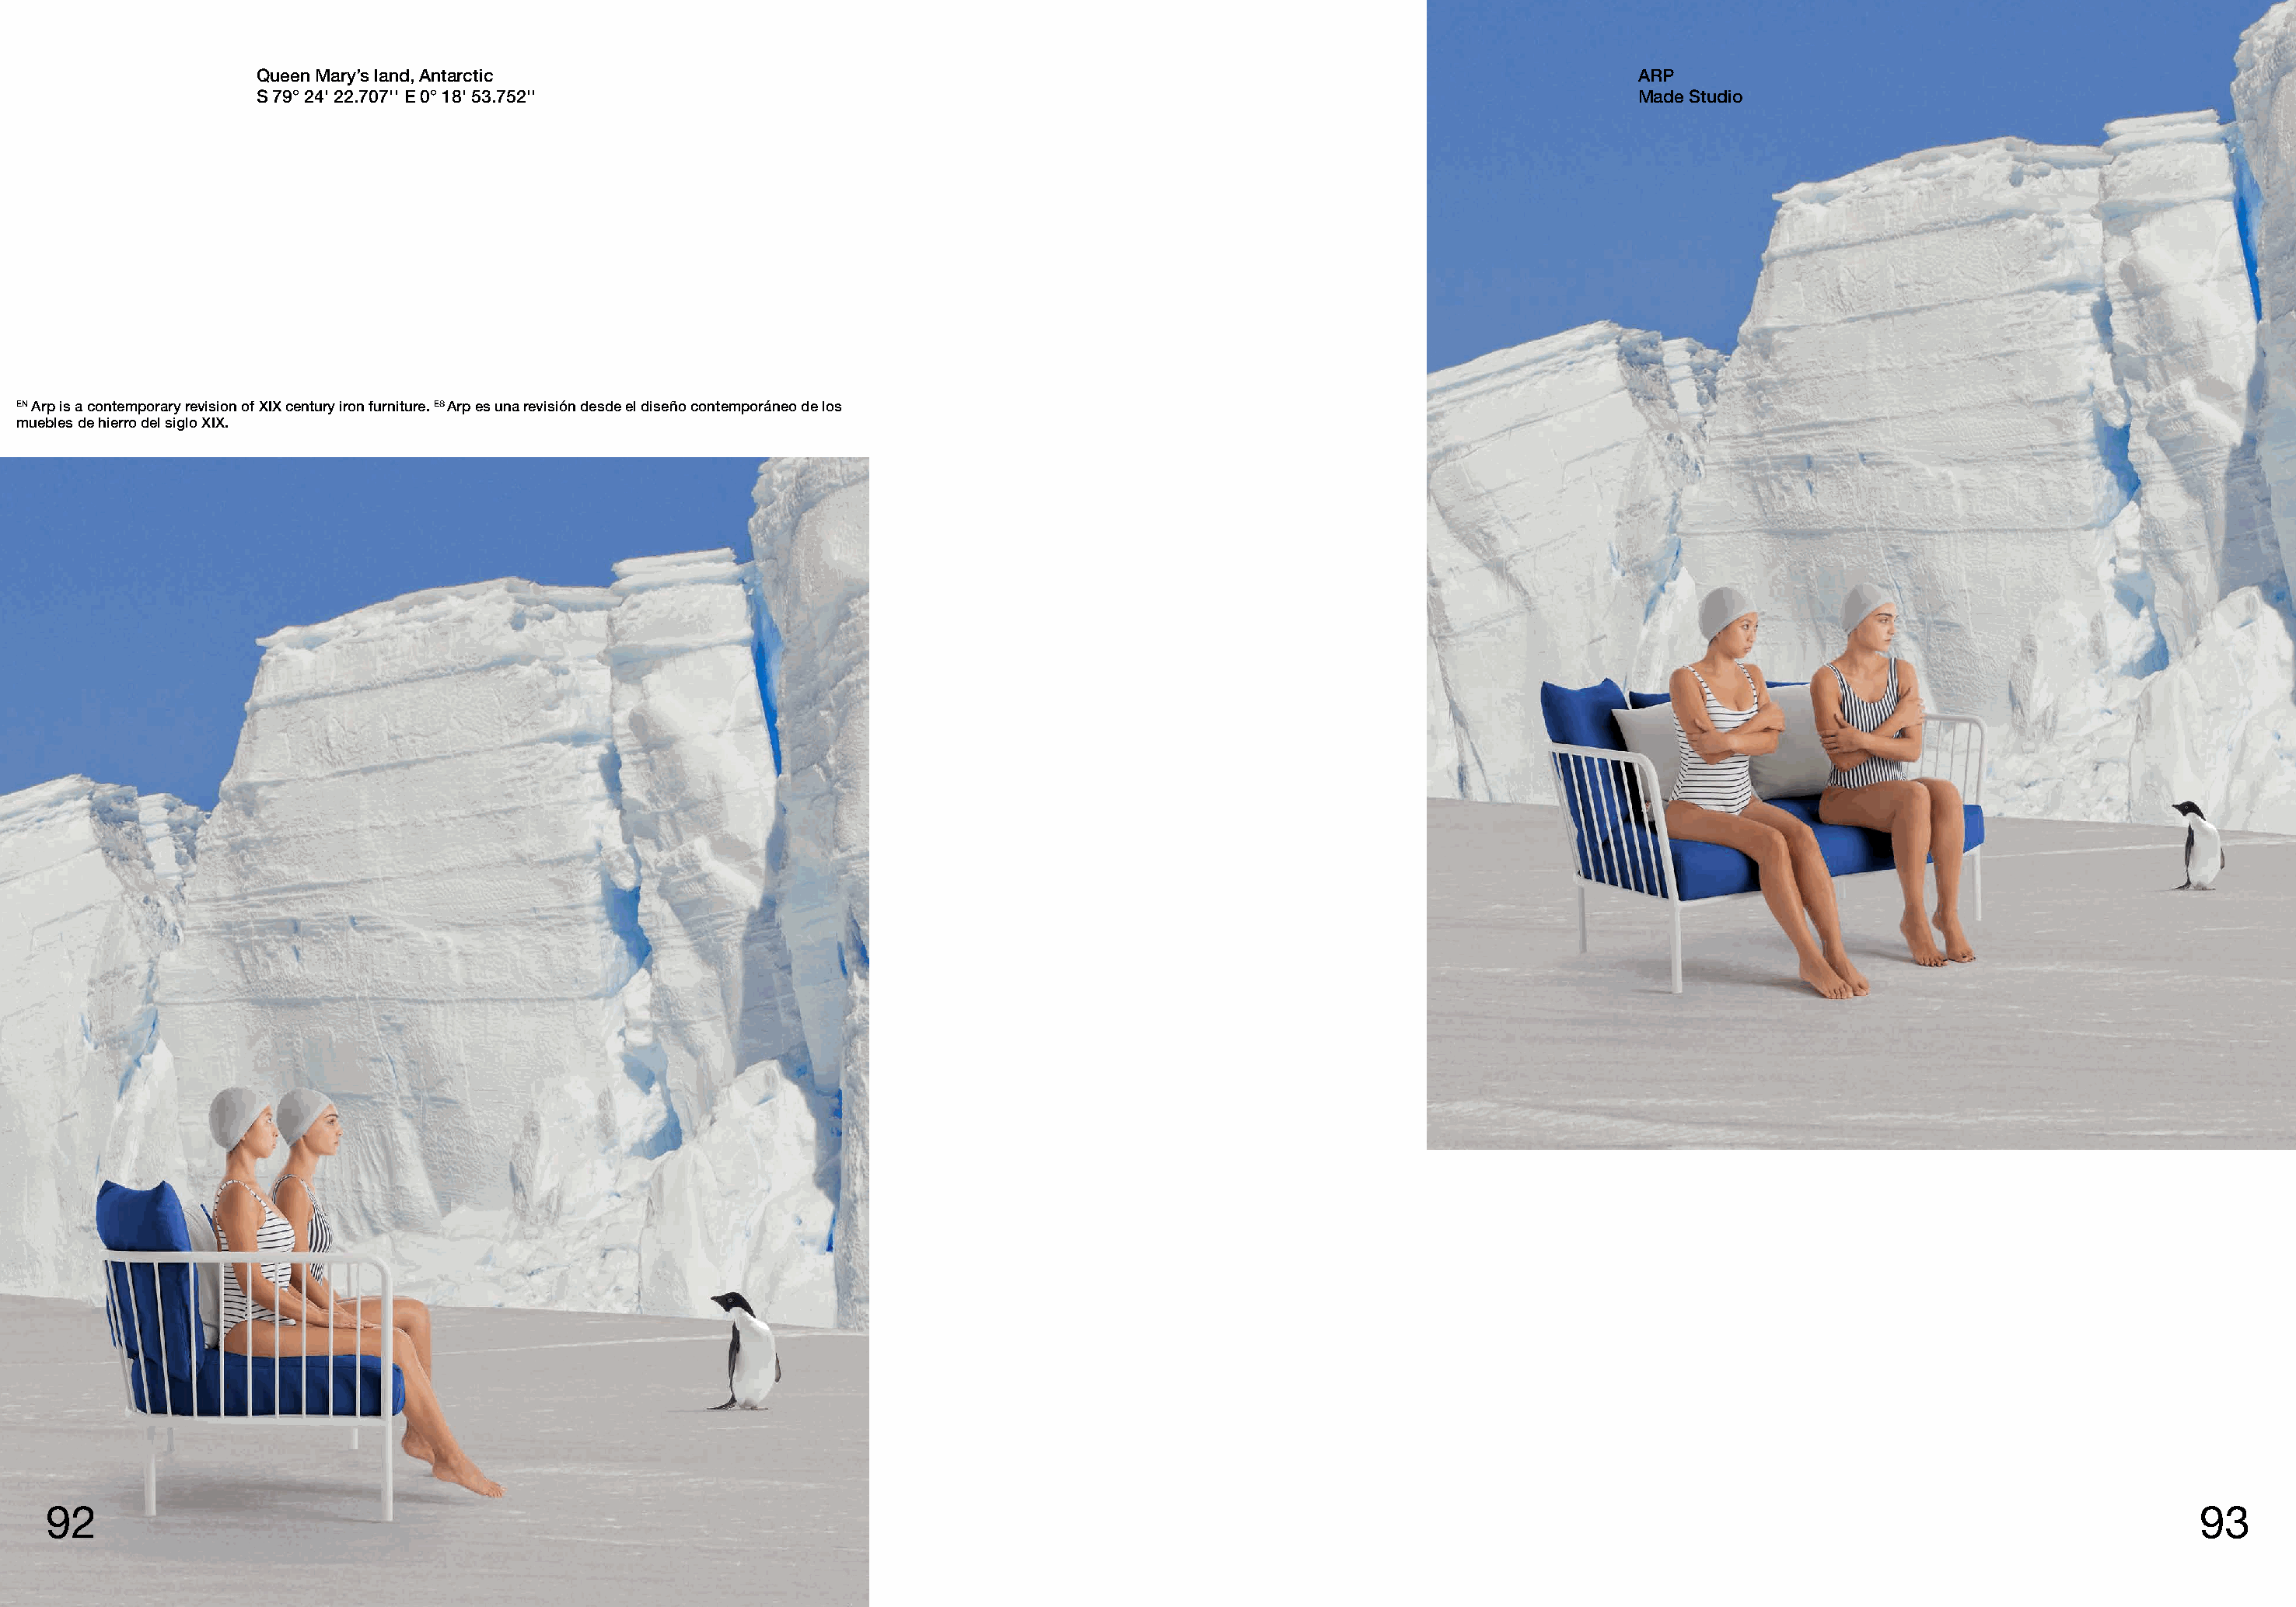
Queen Mary’s land, Antarctic                                                                                         ARP
 S 79° 24' 22.707'' E 0° 18' 53.752''                                                                                 Made Studio
 EN Arp is a contemporary revision of XIX century iron furniture. ES Arp es una revisión desde el diseño contemporáneo de los
 muebles de hierro del siglo XIX.
 92                                                                                                                                                                                     93